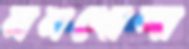
মনখোলা